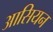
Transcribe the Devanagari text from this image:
आसियन